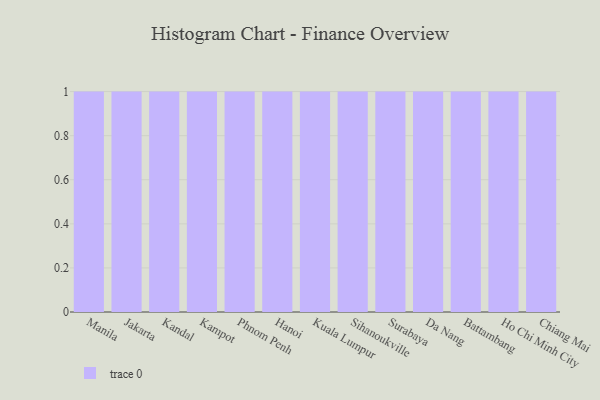
{"axis": {"x": "City", "y": "LTV (USD)"}, "legend": [""], "data": [{"x": "Manila", "y": 89, "type": ""}, {"x": "Jakarta", "y": 42, "type": ""}, {"x": "Kandal", "y": 13, "type": ""}, {"x": "Kampot", "y": 21, "type": ""}, {"x": "Phnom Penh", "y": 92, "type": ""}, {"x": "Hanoi", "y": 89, "type": ""}, {"x": "Kuala Lumpur", "y": 8, "type": ""}, {"x": "Sihanoukville", "y": 78, "type": ""}, {"x": "Surabaya", "y": 79, "type": ""}, {"x": "Da Nang", "y": 52, "type": ""}, {"x": "Battambang", "y": 97, "type": ""}, {"x": "Ho Chi Minh City", "y": 50, "type": ""}, {"x": "Chiang Mai", "y": 3, "type": ""}]}